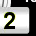
Digit: 2